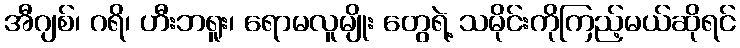
အီဂျစ်၊ ဂရိ၊ ဟီးဘရူး၊ ရောမလူမျိုး တွေရဲ့ သမိုင်းကိုကြည့်မယ်ဆိုရင်